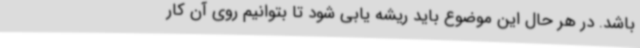
باشد. در هر حال این موضوع باید ریشه یابی شود تا بتوانیم روی آن کار